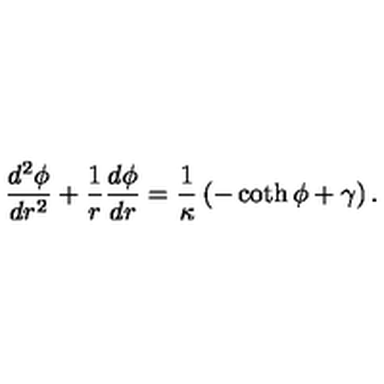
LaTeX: \frac { d ^ { 2 } \phi } { d r ^ { 2 } } + \frac { 1 } { r } \frac { d \phi } { d r } = \frac { 1 } { \kappa } \left( - \coth \phi + \gamma \right) .